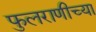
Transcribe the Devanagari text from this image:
फुलराणीच्या